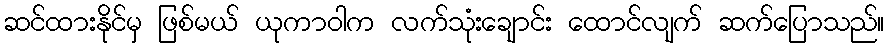
ဆင်ထားနိုင်မှ ဖြစ်မယ် ယုကာဝါက လက်သုံးချောင်း ထောင်လျက် ဆက်ပြောသည်။